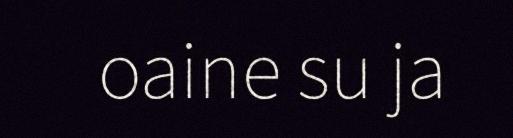
oaine su ja